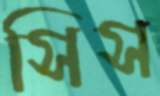
সিস